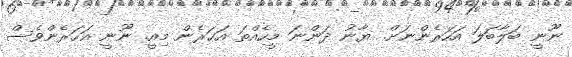
ނޫނީ ބަލާބަލަ އަހަރެންނަށް. ޔާނު ދަންނަ މީހެއްތަ އަހަރެން މިއީ. ނޫނީ އަހަރެންވެސް